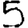
Digit: 5